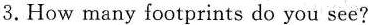
3. How many footprints do you see?